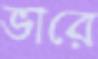
ভারে